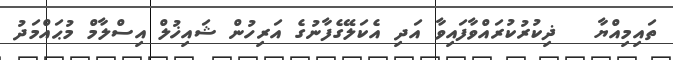
ތައިމިއްޔާ   ޛިކުރުކުރައްވާފައިވާ އަދި އެކަލޭގެފާނުގެ އަރިހުން ޝައިޚުލް އިސްލާމް މުޙައްމަދު